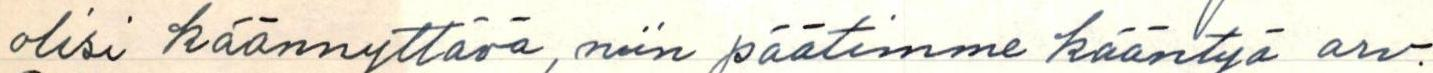
olisi käännyttävä, niin päätimme kääntyä arv.